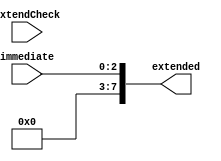
//8-bit sign extension
module sign_extension(immediate, extended, extendCheck);
    
    input extendCheck;
    input [2:0] immediate;
    output reg [7:0] extended;
    
    always@(*)
        begin
            extended = {5'b00000, immediate}; //extend by 0 
        end
    endmodule